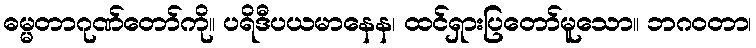
ဓမ္မတာဂုဏ်တော်ကို။ ပရိဒီပယမာနေန၊ ထင်ရှားပြတော်မူသော။ ဘဂဝတာ၊